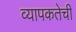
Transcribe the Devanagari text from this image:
व्यापकतेची